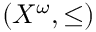
( X ^ { \omega } , \leq )